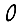
Digit: 0